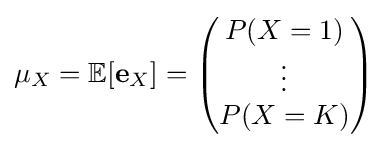
\mu _{X}=\mathbb {E} [\mathbf {e} _{X}]={\begin{pmatrix}P(X=1)\\\vdots \\P(X=K)\\\end{pmatrix}}